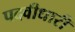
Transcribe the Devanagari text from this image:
पदवीधारी